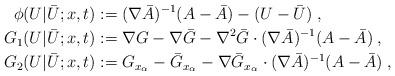
LaTeX: \begin{align*}\phi (U | \bar U;x,t) &:= (\nabla \bar A)^{-1} (A - \bar A ) - (U - \bar U)\;,\\G_1(U | \bar U;x,t) &:= \nabla G- \nabla \bar G - \nabla^2 \bar G \cdot (\nabla \bar A)^{-1} (A - \bar A )\;,\\G_2(U | \bar U;x,t) &:=G_{x_\alpha} - \bar G_{x_\alpha} - \nabla \bar G_{x_\alpha} \cdot (\nabla \bar A)^{-1} (A - \bar A )\;,\end{align*}